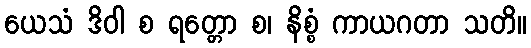
ယေသံ ဒိဝါ စ ရတ္တော စ၊ နိစ္စံ ကာယဂတာ သတိ။